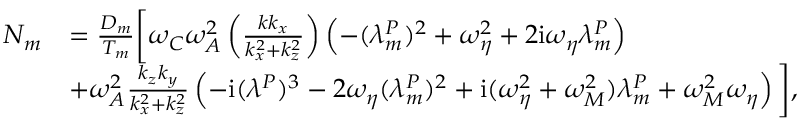
\begin{array} { r l } { N _ { m } } & { = \frac { D _ { m } } { T _ { m } } \bigg [ \omega _ { C } \omega _ { A } ^ { 2 } \left( \frac { k k _ { x } } { k _ { x } ^ { 2 } + k _ { z } ^ { 2 } } \right) \left( - ( \lambda _ { m } ^ { P } ) ^ { 2 } + \omega _ { \eta } ^ { 2 } + 2 \mathrm { i } \omega _ { \eta } \lambda _ { m } ^ { P } \right) } \\ & { + \omega _ { A } ^ { 2 } \frac { k _ { z } k _ { y } } { k _ { x } ^ { 2 } + k _ { z } ^ { 2 } } \left( - \mathrm { i } ( \lambda ^ { P } ) ^ { 3 } - 2 \omega _ { \eta } ( \lambda _ { m } ^ { P } ) ^ { 2 } + \mathrm { i } ( \omega _ { \eta } ^ { 2 } + \omega _ { M } ^ { 2 } ) \lambda _ { m } ^ { P } + \omega _ { M } ^ { 2 } \omega _ { \eta } \right) \bigg ] , } \end{array}